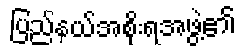
ပြည်နယ်အစိုးရအဖွဲ့၏